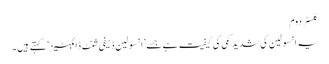
کلسٹر دوم
یہ انسولین کی شدید کمی کی کیفیت ہے جسے ’انسولین ڈیفی شنٹ ڈائبٹیز‘ کہتے ہیں۔